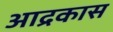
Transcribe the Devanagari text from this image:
आद्रकास